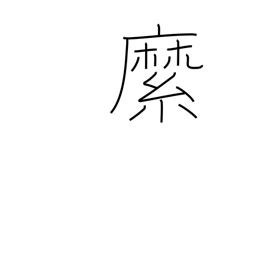
Meaning: rope